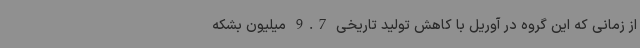
از زمانی که این گروه در آوریل با کاهش تولید تاریخی 9.7 میلیون بشکه